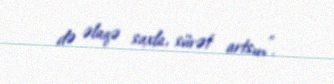
də əlaqə saxla, sürət artsın”.